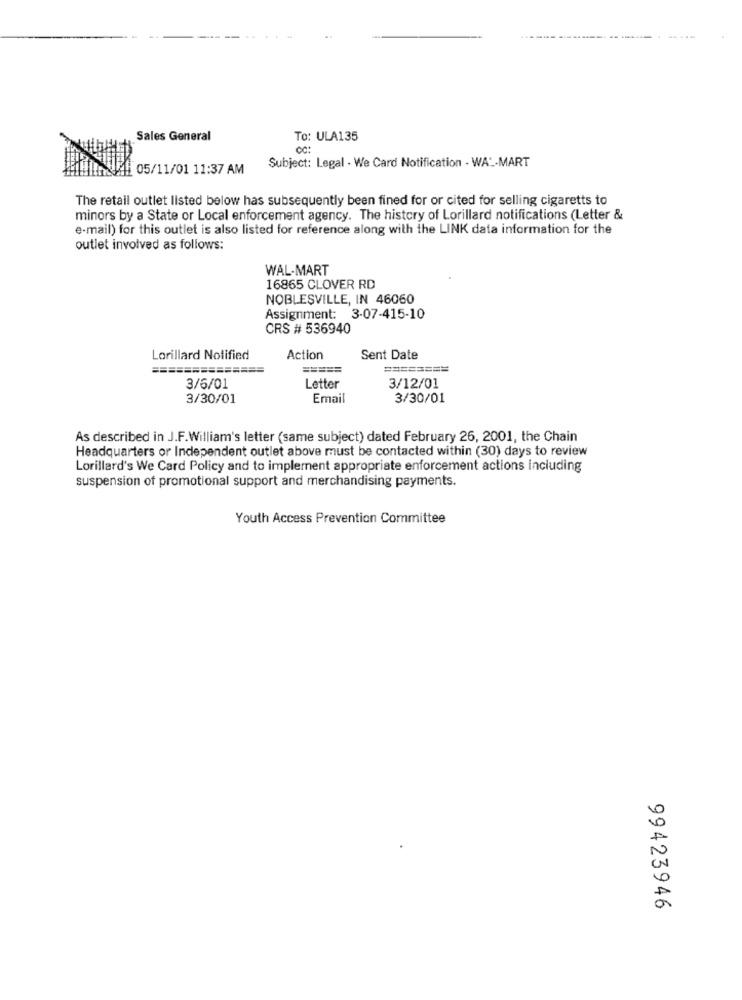
Sales General
To: ULA135
CC:
Subject: Legal - We Card Notification . WAL-MART
05/11/01 11:37 AM
The retail outlet listed below has subsequently been fined for or cited for selling cigaretts to
minors by a State or Local enforcement agency. The history of Lorillard notifications (Letter &
e-mail) for this outlet is also listed for reference along with the LINK data information for the
outlet involved as follows:
WAL-MART
16865 CLOVER RD
NOBLESVILLE, IN 46060
Assignment: 3-07-415-10
CRS # 536940
Lorillard Notified
Action
Sent Date
=====
========
3/6/01
Letter
3/12/01
3/30/01
Email
3/30/01
As described in J.F.William's letter (same subject) dated February 26, 2001, the Chain
Headquarters or Independent outlet above must be contacted within (30) days to review
Lorillard's We Card Policy and to implement appropriate enforcement actions including
suspension of promotional support and merchandising payments.
Youth Access Prevention Committee
99423946